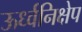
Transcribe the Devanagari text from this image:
ऊर्ध्वनिक्षेप